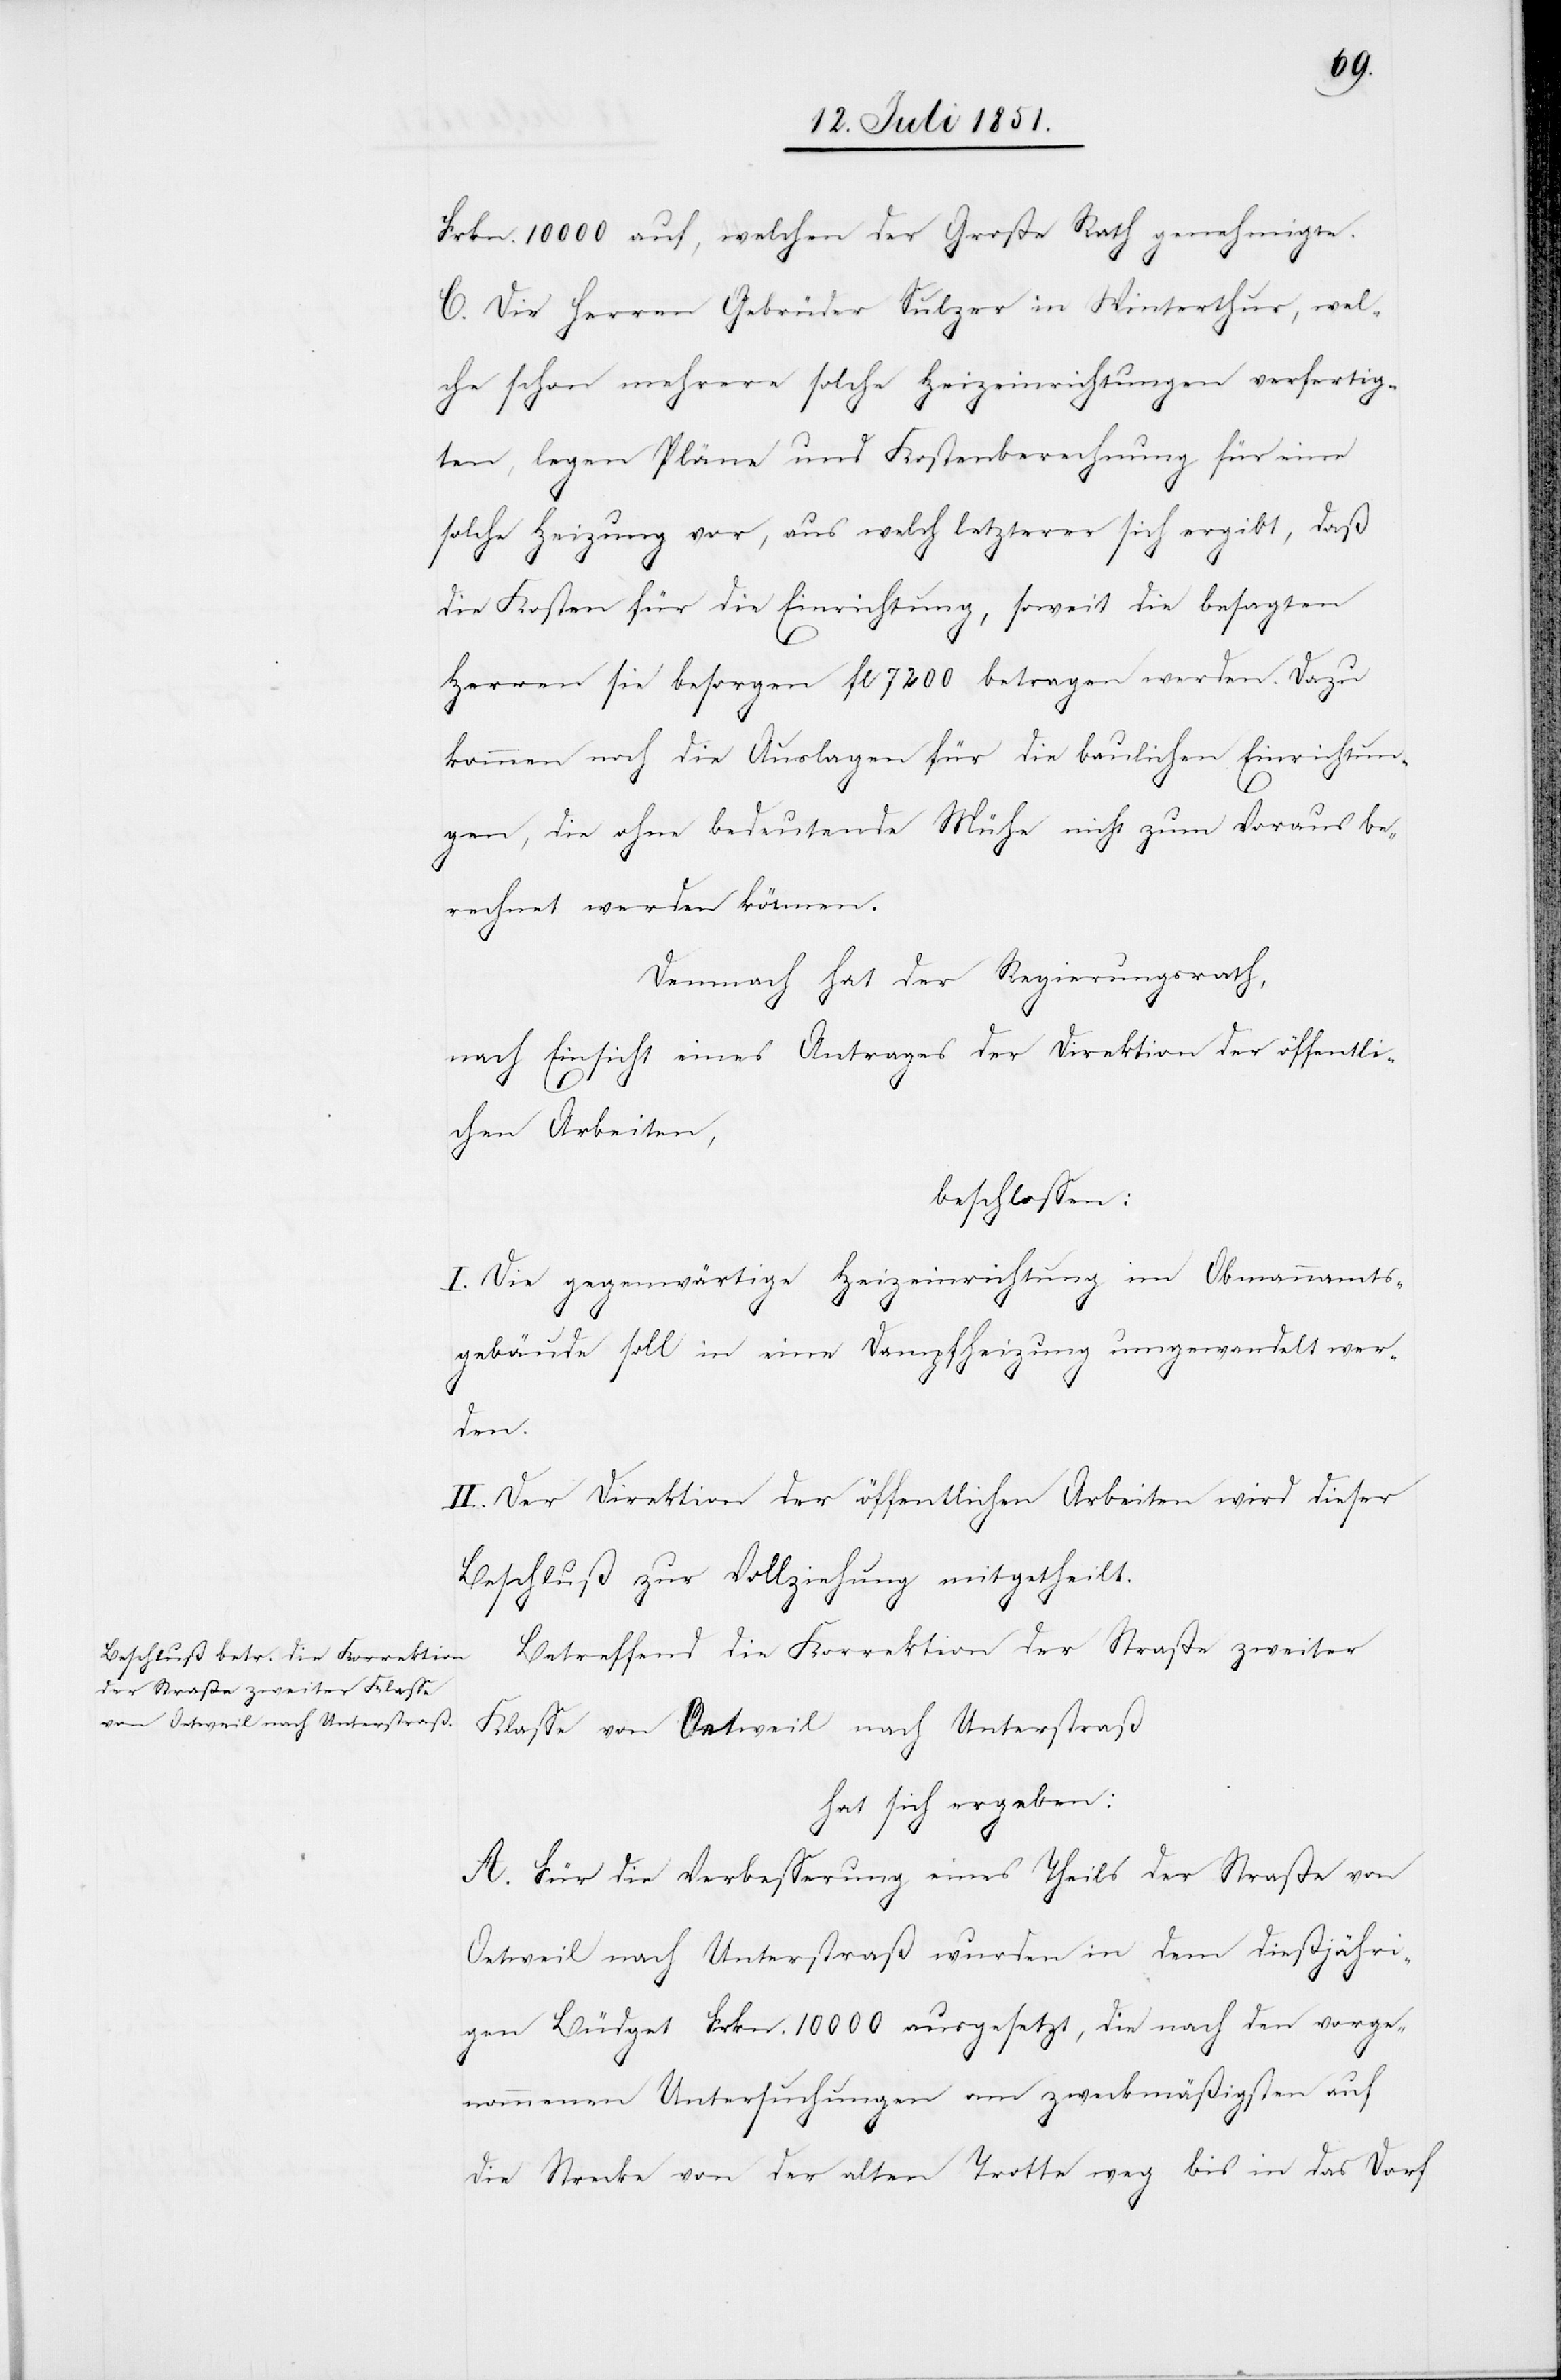
Frkn. 10 000 auf, welchen der Große Rath genehmigte.
C. Die Herren Gebrüder Sulzer in Winterthur, wel¬
che schon mehrere solche Heizeinrichtungen verfertig¬
ten, legen Pläne und Kostenberechnung für eine
solche Heizung vor, aus welch letzterer sich ergibt, daß
die Kosten für die Einrichtung, soweit die besagten
Herren sie besorgen fl 7200 betragen werden. Dazu
kommen noch die Auslagen für die baulichen Einrichtun¬
gen, die ohne bedeutende Mühe nicht zum Voraus be¬
rechnet werden können.
Demnach hat der Regierungsrath,
nach Einsicht eines Antrages der Direktion der öffentli¬
chen Arbeiten,
beschlossen:
I. Die gegenwärtige Heizeinrichtung im Obmannamts¬
gebäude soll in eine Dampfheizung umgewandelt wer¬
den.
II. Der Direktion der öffentlichen Arbeiten wird dieser
Beschluß zur Vollziehung mitgetheilt.
Betreffend die Korrektion der Straße zweiter
Klasse von Oetweil nach Unterstraß
hat sich ergeben:
A. Für die Verbesserung eines Theils der Straße von
Oetweil nach Unterstraß wurden in dem dießjähri¬
gen Büdget Frkn. 10 000 ausgesetzt, die nach den vorge¬
nommenen Untersuchungen am zweckmäßigsten auf
die Strecke von der alten Trotte weg bis in das Dorf